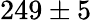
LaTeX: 249\pm 5